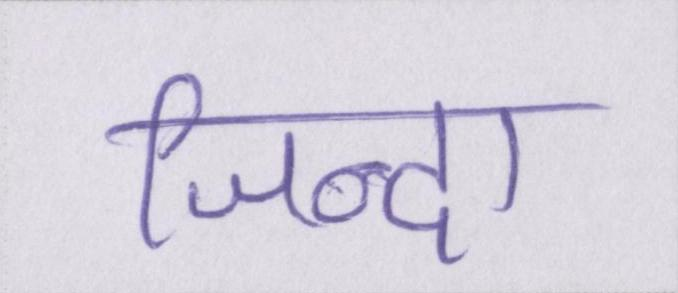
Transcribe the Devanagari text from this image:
जिन्दा